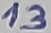
Text: 13